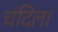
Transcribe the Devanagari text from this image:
चंदिला